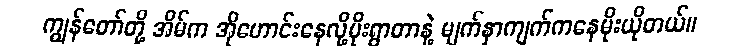
ကျွန်တော်တို့ အိမ်က အိုဟောင်းနေလို့မိုးရွာတာနဲ့ မျက်နှာကျက်ကနေမိုးယိုတယ်။